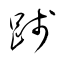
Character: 践